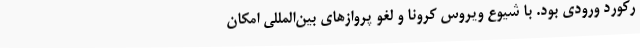
رکورد ورودی بود. با شیوع ویروس کرونا و لغو پروازهای بین‌المللی امکان